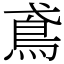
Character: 鳶